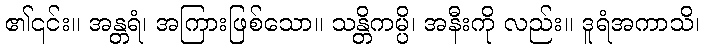
၏၎င်း။ အန္တရံ၊ အကြားဖြစ်သော။ သန္တိကမ္ပိ၊ အနီးကို လည်း။ ဒူရံအကာသိ၊